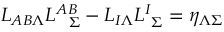
L _ { A B \Lambda } L _ { \ \ \Sigma } ^ { A B } - L _ { I \Lambda } L _ { \ \Sigma } ^ { I } = \eta _ { \Lambda \Sigma }